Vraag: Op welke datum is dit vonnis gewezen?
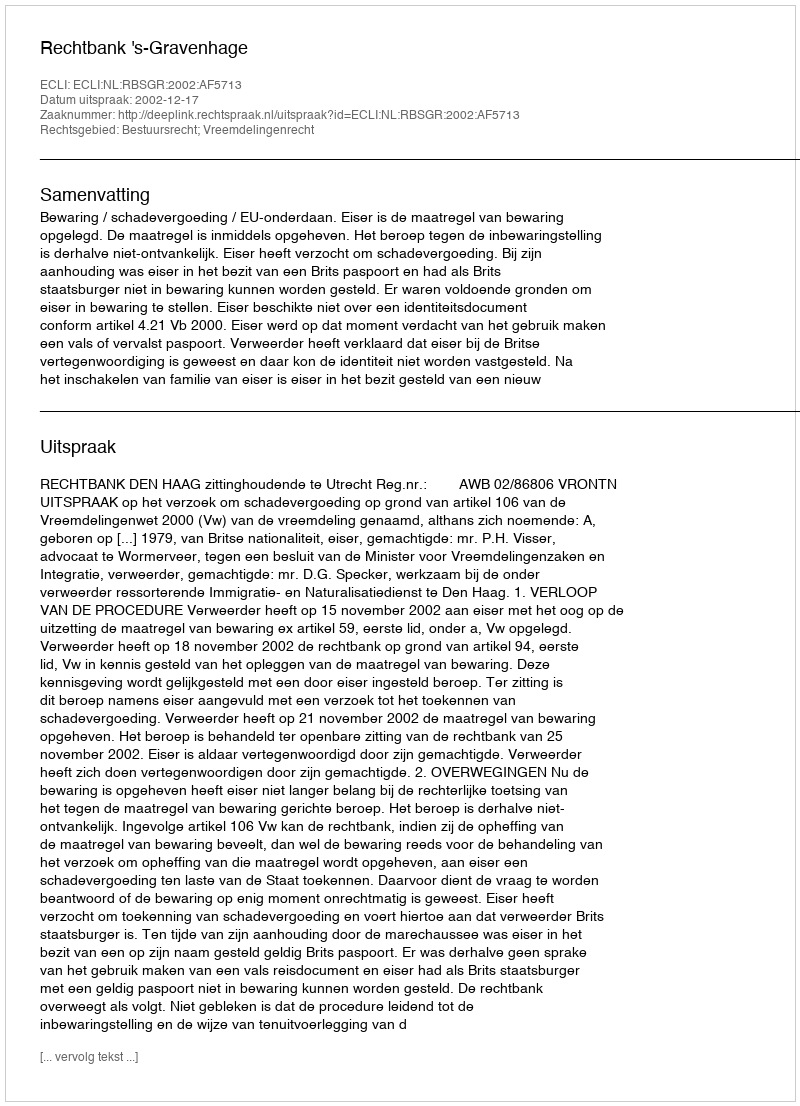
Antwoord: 2002-12-17